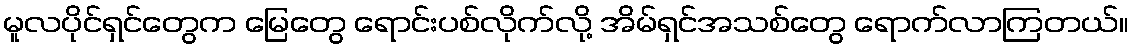
မူလပိုင်ရှင်တွေက မြေတွေ ရောင်းပစ်လိုက်လို့ အိမ်ရှင်အသစ်တွေ ရောက်လာကြတယ်။